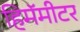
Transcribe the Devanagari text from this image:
हिमॅमीटर